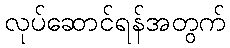
လုပ်ဆောင်ရန်အတွက်